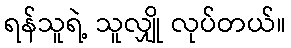
ရန်သူရဲ့ သူလျှို လုပ်တယ်။